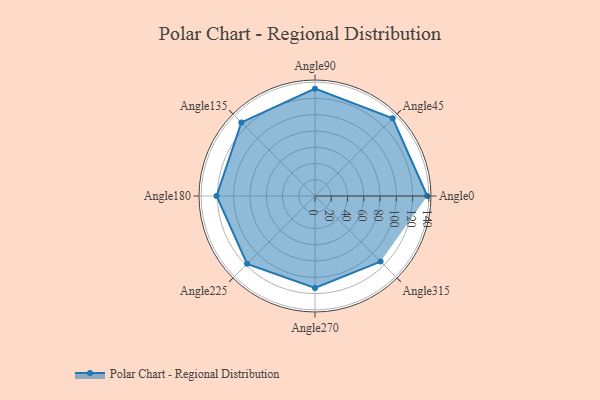
{"axis": {"x": "Angle", "y": "Radius"}, "legend": [""], "data": [{"x": "Angle0", "y": 138.0, "type": ""}, {"x": "Angle45", "y": 135.0, "type": ""}, {"x": "Angle90", "y": 132.0, "type": ""}, {"x": "Angle135", "y": 128.0, "type": ""}, {"x": "Angle180", "y": 121.0, "type": ""}, {"x": "Angle225", "y": 118.0, "type": ""}, {"x": "Angle270", "y": 113.0, "type": ""}, {"x": "Angle315", "y": 114.0, "type": ""}]}